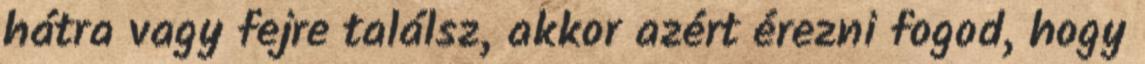
hátra vagy fejre találsz, akkor azért érezni fogod, hogy